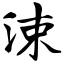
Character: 涑